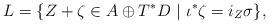
LaTeX: \begin{align*}L = \{ Z + \zeta \in A\oplus T^*D\ |\ \iota^*\zeta = i_Z\sigma\},\end{align*}